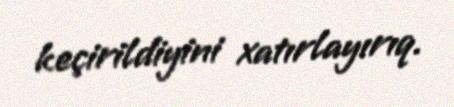
keçirildiyini xatırlayırıq.